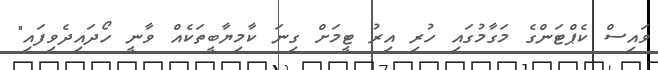
ވައިސް ކެޕްޓަންގެ މަގާމުގައި ހުރި އިރު ޓީމަށް ގިނަ ކާމިޔާބީތަކެއް ވާނީ ހޯދައިދެވިފައި"